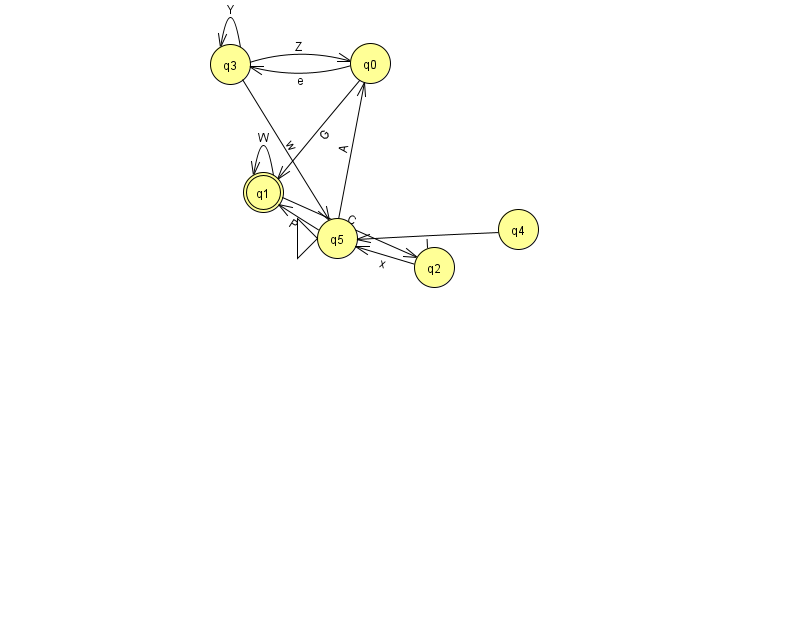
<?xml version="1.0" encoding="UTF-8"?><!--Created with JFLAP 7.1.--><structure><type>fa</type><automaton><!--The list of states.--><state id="0" name="q0"><x>370.0</x><y>50.0</y></state><state id="1" name="q1"><x>263.0</x><y>179.0</y><final/></state><state id="2" name="q2"><x>434.0</x><y>254.0</y></state><state id="3" name="q3"><x>230.0</x><y>51.0</y></state><state id="4" name="q4"><x>518.0</x><y>216.0</y></state><state id="5" name="q5"><x>337.0</x><y>225.0</y><initial/></state><!--The list of transitions.--><transition><from>4</from><to>5</to><read>l</read></transition><transition><from>3</from><to>5</to><read>w</read></transition><transition><from>0</from><to>1</to><read>G</read></transition><transition><from>1</from><to>1</to><read>W</read></transition><transition><from>3</from><to>0</to><read>Z</read></transition><transition><from>0</from><to>3</to><read>e</read></transition><transition><from>5</from><to>0</to><read>A</read></transition><transition><from>5</from><to>1</to><read>P</read></transition><transition><from>1</from><to>2</to><read>C</read></transition><transition><from>3</from><to>3</to><read>Y</read></transition><transition><from>2</from><to>5</to><read>x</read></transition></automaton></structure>